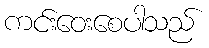
ကင်းဝေးစေပါသည်